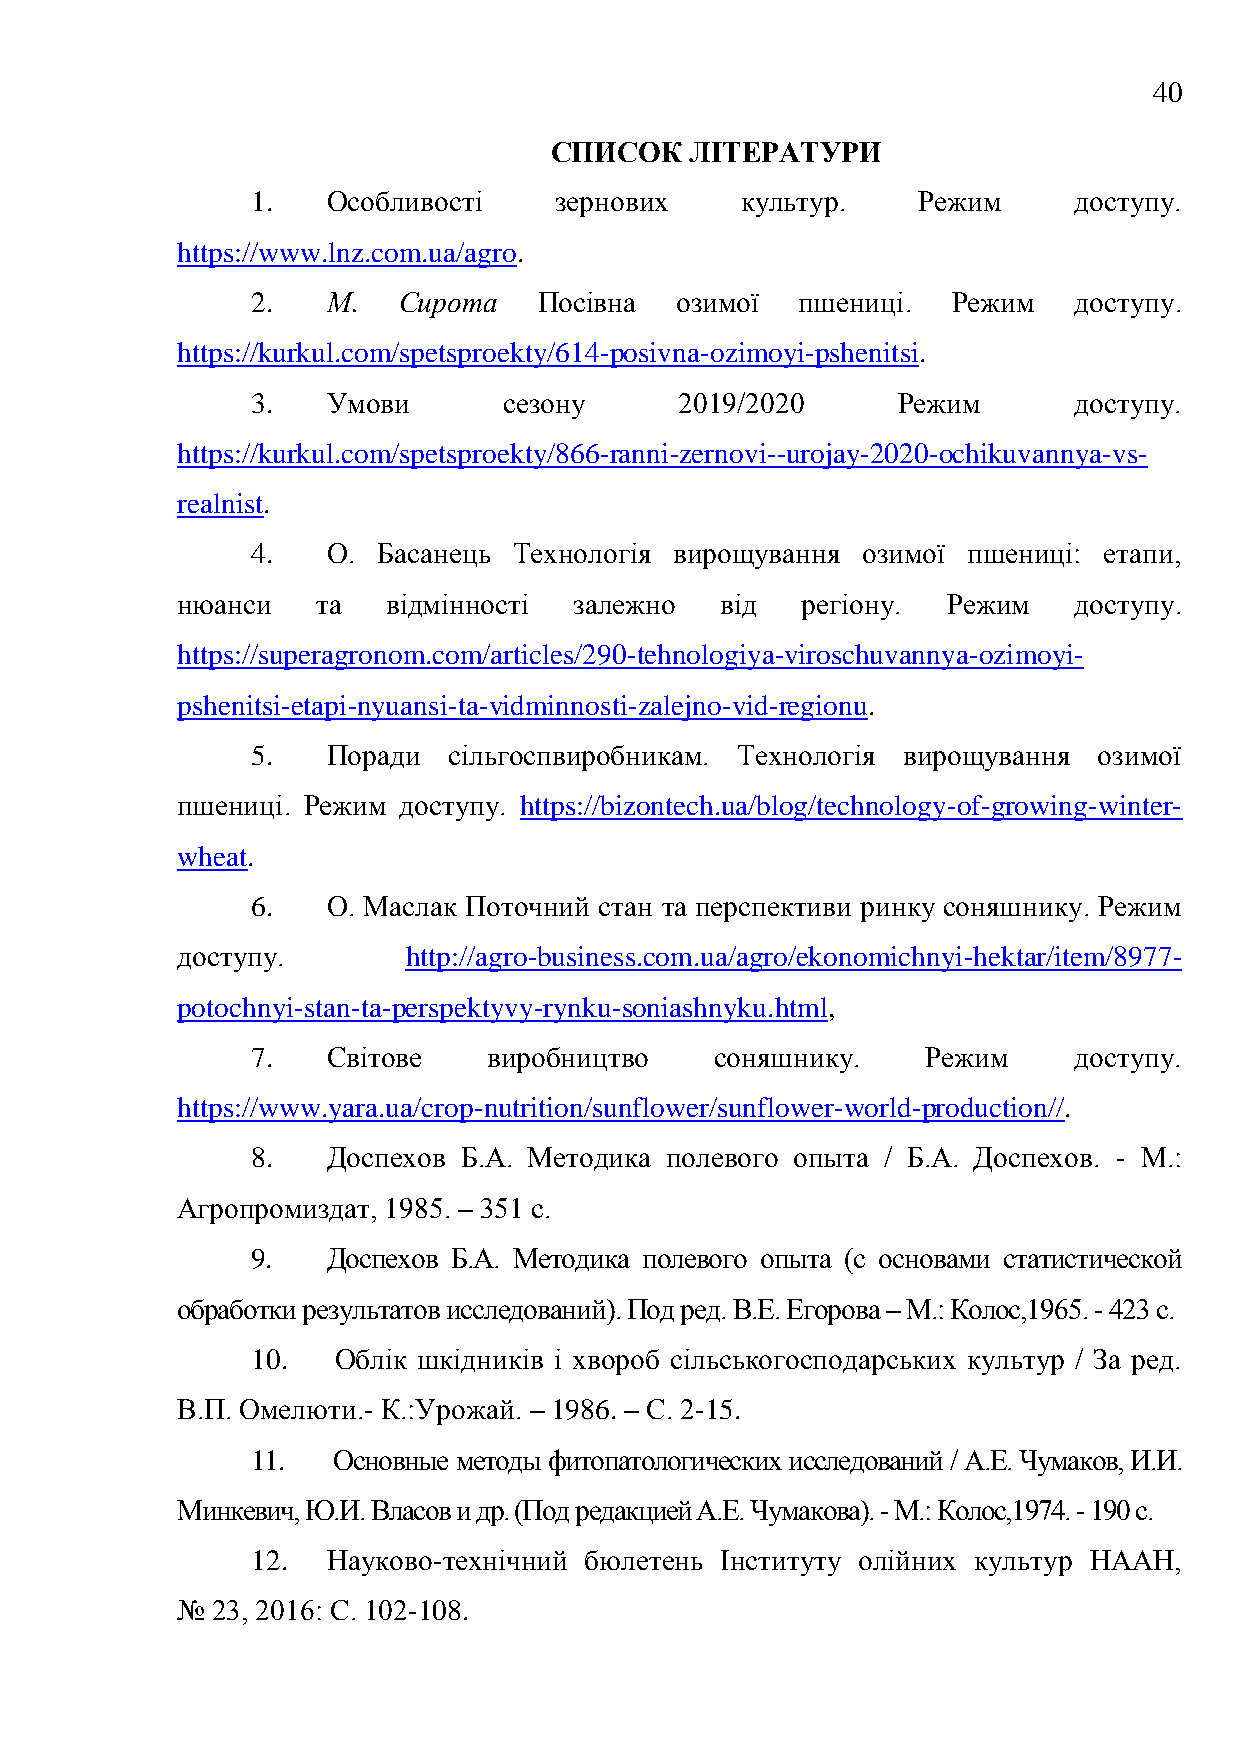
40
 СПИСОК    ЛІТЕРАТУРИ
 1.   Особливості    зернових    культур.    Режим     доступу.
 https://www.lnz.com.ua/agro.
 2.   М.  Сирота    Посівна  озимої  пшениці.  Режим   доступу.
 https://kurkul.com/spetsproekty/614-posivna-ozimoyi-pshenitsi.
 3.   Умови      сезону      2019/2020     Режим       доступу.
 https://kurkul.com/spetsproekty/866-ranni-zernovi--urojay-2020-ochikuvannya-vs-
 realnist.
 4.   О. Басанець Технологія вирощування озимої пшениці: етапи,
 нюанси   та   відмінності залежно   від  регіону.  Режим   доступу.
 https://superagronom.com/articles/290-tehnologiya-viroschuvannya-ozimoyi-
 pshenitsi-etapi-nyuansi-ta-vidminnosti-zalejno-vid-regionu.
 5.   Поради  сільгоспвиробникам. Технологія вирощування озимої
 пшениці. Режим доступу. https://bizontech.ua/blog/technology-of-growing-winter-
 wheat.
 6.   О. Маслак Поточний стан та перспективи ринку соняшнику. Режим
 доступу.       http://agro-business.com.ua/agro/ekonomichnyi-hektar/item/8977-
 potochnyi-stan-ta-perspektyvy-rynku-soniashnyku.html,
 7.   Світове   виробництво    соняшнику.    Режим     доступу.
 https://www.yara.ua/crop-nutrition/sunflower/sunflower-world-production//.
 8.   Доспехов Б.А. Методика полевого опыта / Б.А. Доспехов. - М.:
 Агропромиздат, 1985. – 351 с.
 9.   Доспехов Б.А. Методика полевого опыта (с основами статистической
 обработки результатов исследований). Под ред. В.Е. Егорова – М.: Колос,1965. - 423 с.
 10.  Облік шкідників і хвороб сільськогосподарських культур / За ред.
 В.П. Омелюти.- К.:Урожай. – 1986. – С. 2-15.
 11.  Основные методы фитопатологических исследований / А.Е. Чумаков, И.И.
 Минкевич, Ю.И. Власов и др. (Под редакцией А.Е. Чумакова). - М.: Колос,1974. - 190 с.
 12.  Науково-технічний бюлетень Інституту олійних культур НААН,
 № 23, 2016: С. 102-108.